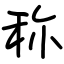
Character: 称